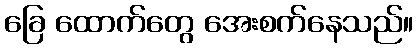
ခြေ ထောက်တွေ အေးစက်နေသည်။